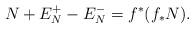
LaTeX: \begin{align*}N + E_N^+ -E_N^-= f^*(f_* N). \end{align*}